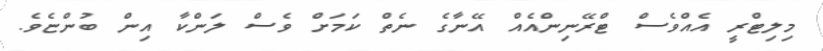
މިލިޓްރީ އެއްވެސް ޓްރޭނިންއެއް އޭނާގެ ނެތް ކަމަށް ވެސް ލަންކާ އިން ބުންޏެވެ.